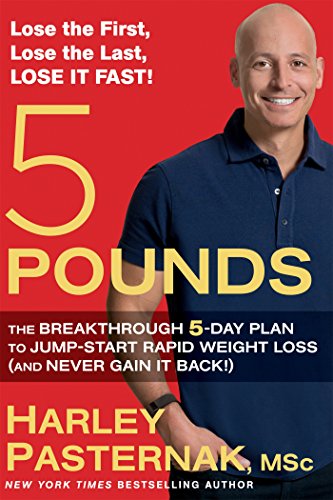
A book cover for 5 Pounds: The Breakthrough 5-Day Plan to Jump-Start Rapid Weight Loss (and Never Gain It Back!); Harley Pasternak; Health, Fitness & Dieting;